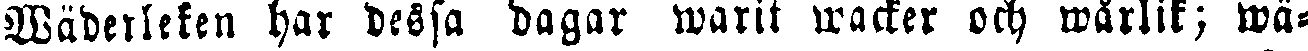
Wäderleken har dessa dagar warit wacker och wårlik; wä-